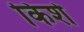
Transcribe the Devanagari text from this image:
किशे